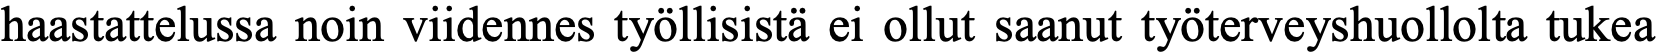
haastattelussa noin viidennes työllisistä ei ollut saanut työterveyshuollolta tukea